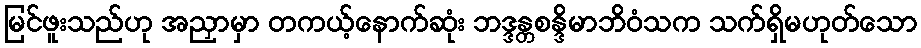
မြင်ဖူးသည်ဟု အညှာမှာ တကယ့်နောက်ဆုံး ဘဒ္ဒန္တစန္ဒိမာဘိဝံသက သက်ရှိမဟုတ်သော